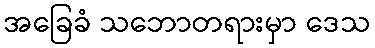
အခြေခံ သဘောတရားမှာ ဒေသ